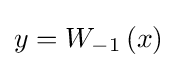
y=W_{-1}\left(x\right)